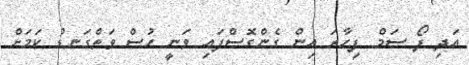
އަދި ފޯ ސަމް ފިހާރަ އިން ގެންގޮސްފައި ވަނީ ހުސް ވަތްގަނޑު ކަމަށް